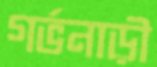
গর্ভনাড়ী